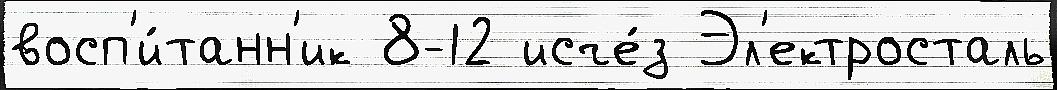
восп'и́танн'ик 8-12 исче́з Эл'ектросталь